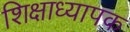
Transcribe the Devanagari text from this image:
शिक्षाध्यापक